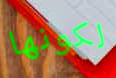
لكونها